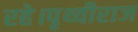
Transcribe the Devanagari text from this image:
रहे।पृथ्वीराज